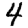
Digit: 4